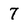
Character: 7